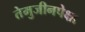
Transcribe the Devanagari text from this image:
तेमुजीनपेक्षा